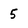
Character: 5